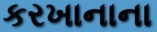
કરખાનાના